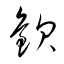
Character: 歓